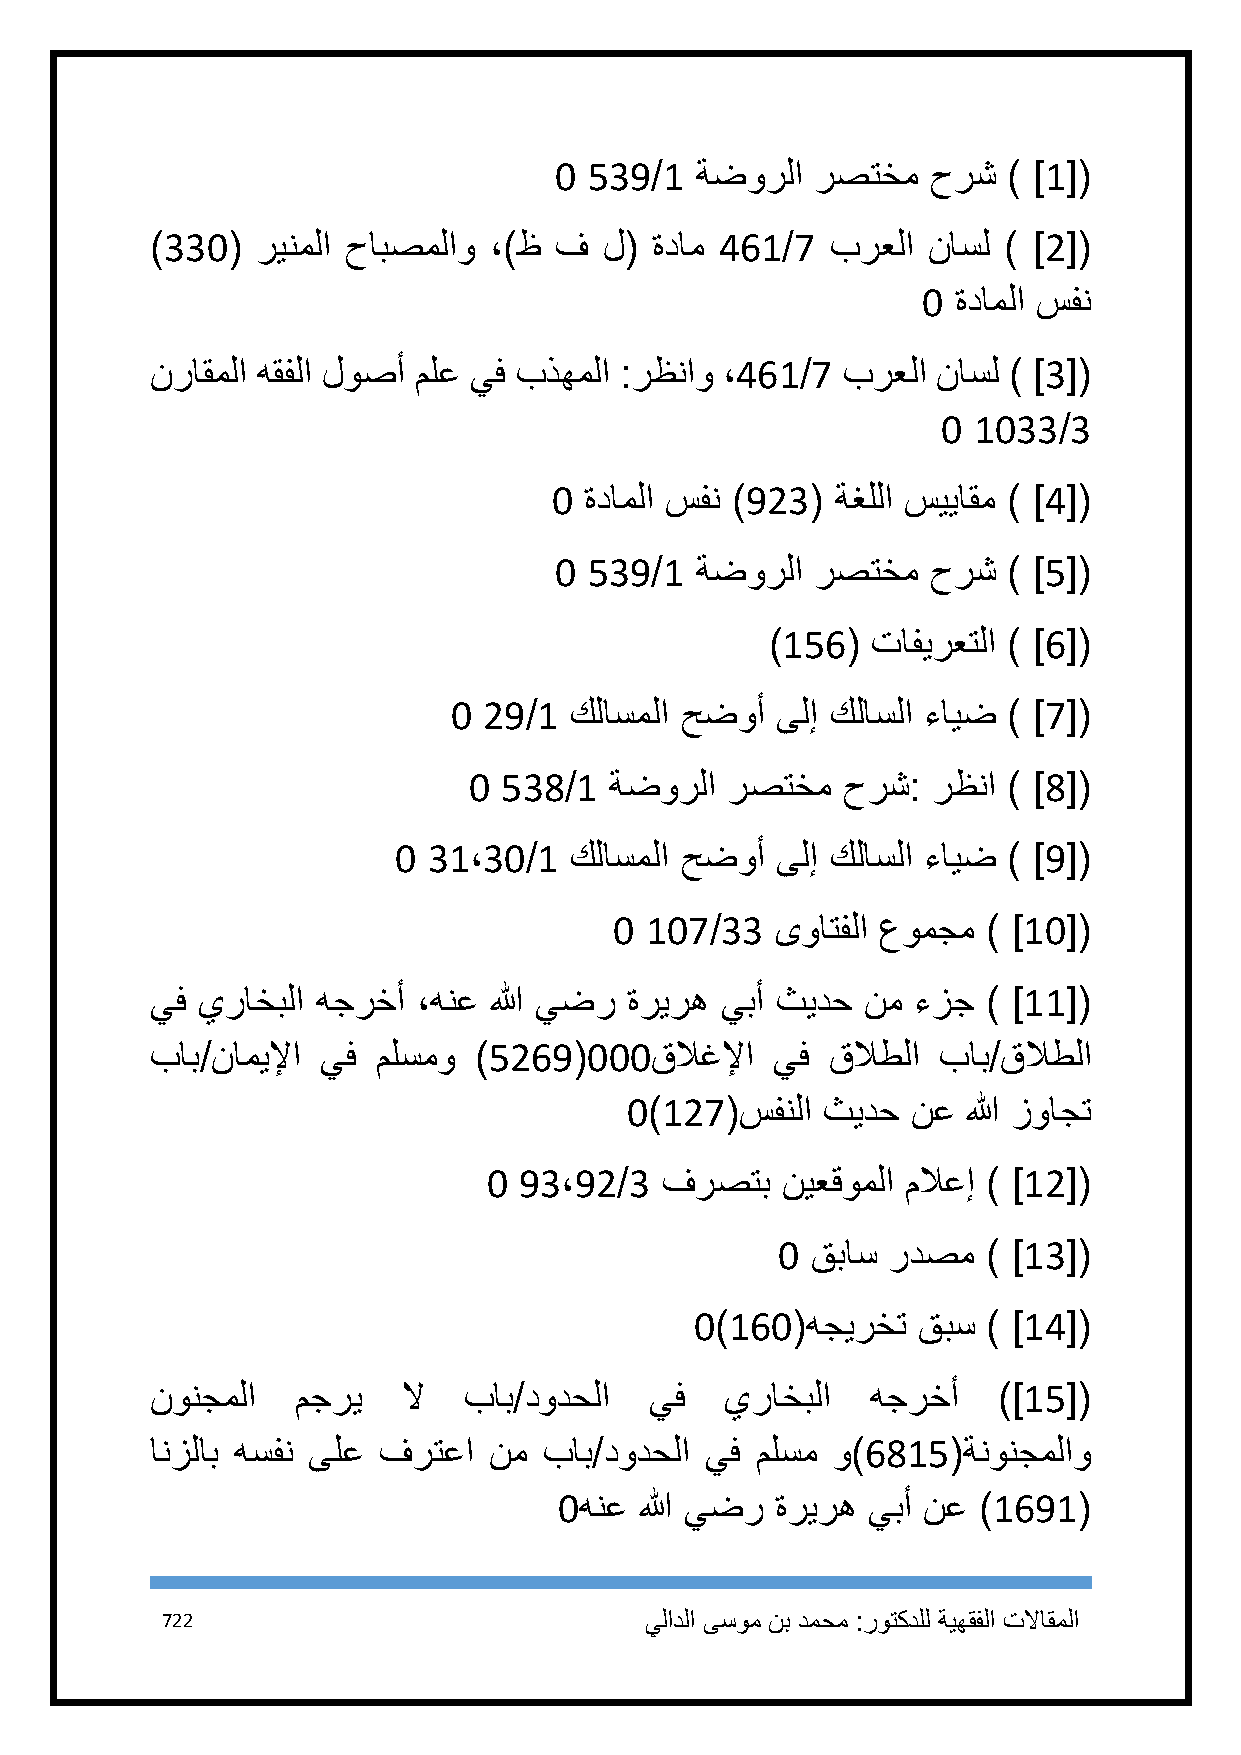
1 539/1  ةضورلا  رصتخم   حرش  ) ]1[(
 )331(  رينملا حابصملاو ،)ظ ف  ل( ةدام 461/7  برعلا ناسل ) ]2[(
 1 ةداملا سفن
 نراقملا هقفلا لوصأ ملع يف بذهملا :رظناو ،461/7 برعلا ناسل ) ]3[(
 1 1133/3
 1 ةداملا سفن )923( ةغللا سيياقم ) ]4[(
 1 539/1  ةضورلا  رصتخم   حرش  ) ]5[(
 )156(  تافيرعتلا ) ]6[(
 1 29/1  كلاسملا حضوأ ىلإ كلاسلا ءايض ) ]7[(
 1 538/1  ةضورلا  رصتخم   حرش:  رظنا ) ]8[(
 1 31،31/1   كلاسملا حضوأ ىلإ كلاسلا ءايض ) ]9[(
 1 117/33  ىواتفلا عومجم ) ]11[(
 يف يراخبلا هجرخأ  ،هنع الله يضر ةريره يبأ ثيدح نم ءزج  ) ]11[(
 باب/ناميلإا يف ملسمو )5269(111قلاغلإا    يف  قلاطلا باب/قلاطلا
 1)127(سفنلا  ثيدح  نع  الله زواجت
 1 93،92/3   فرصتب   نيعقوملا ملاعإ ) ]12[(
 1 قباس ردصم  ) ]13[(
 1)161(هجيرخت   قبس ) ]14[(
 نونجملا   مجري   لا  باب/دودحلا  يف   يراخبلا   هجرخأ   )]15[(
 انزلاب هسفن ىلع فرتعا نم  باب/دودحلا يف ملسم و)6815(ةنونجملاو
 1هنع الله يضر ةريره يبأ نع  )1691(
 722                             يلادلا ىسوم نب دمحم :روتكدلل ةيهقفلا تلااقملا